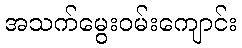
အသက်မွေးဝမ်းကျောင်း